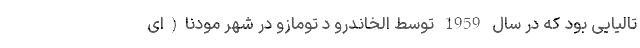
تالیایی بود که در سال 1959 توسط الخاندرو د تومازو در شهر مودنا(ای